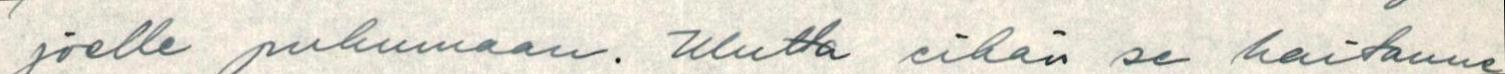
joelle puhumaan. Mutta eihän se haitanne